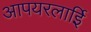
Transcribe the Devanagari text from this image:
आपयरलाईि